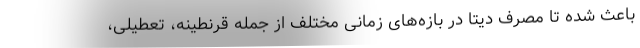
باعث شده تا مصرف دیتا در بازه‌های زمانی مختلف از جمله قرنطینه، تعطیلی،